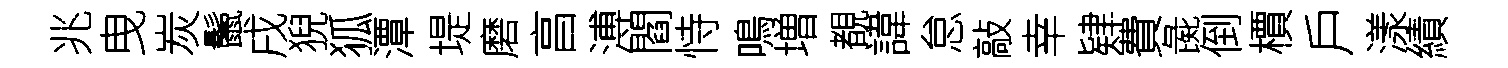
兆曳炭鬛戌猊狐潭堤磨亯溥閻恃鳴増覩諱怠敲幸肄費彘倒檟戶漾績